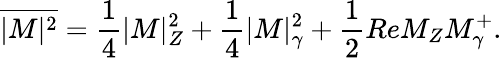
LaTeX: \overline{{{|M|^{2}}}}=\frac{1}{4}|M|_{Z}^{2}+\frac{1}{4}|M|_{\gamma}^{2}+\frac{1}{2}ReM_{Z}M_{\gamma}^{+}.